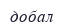
добал